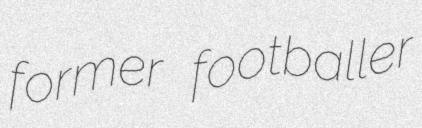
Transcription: former footballer